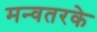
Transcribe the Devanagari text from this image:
मन्वतरके